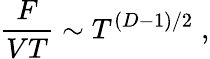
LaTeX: {\frac{F}{VT}}\sim T^{(D-1)/2}\; ,